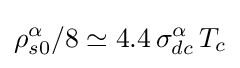
\rho _{s0}^{\alpha }/8\simeq 4.4\,\sigma _{dc}^{\alpha }\,T_{c}